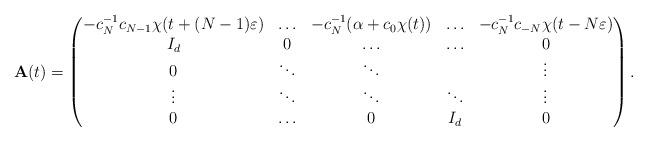
LaTeX: \begin{align*}\mathbf{A}(t)=\begin{pmatrix}-c_N^{-1}c_{N-1}\chi(t+(N-1)\varepsilon) & \ldots & -c_N^{-1}(\alpha+c_0\chi(t)) & \ldots & -c_N^{-1}c_{-N}\chi(t-N\varepsilon)\\I_d & 0 & \ldots & \ldots & 0\\0 & \ddots & \ddots & & \vdots\\\vdots & \ddots & \ddots & \ddots & \vdots\\0 & \ldots & 0 & I_d & 0\end{pmatrix}.\end{align*}